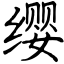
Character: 缨